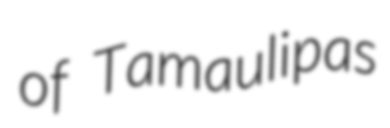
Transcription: of Tamaulipas